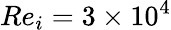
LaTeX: Re_{i}=3\times 10^{4}